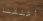
أغلقنا